Bombay plague: being a history of the progress of plague in the Bombay presidency from September 1896 to June 1899
Year: 1896
Disease focus: Plague
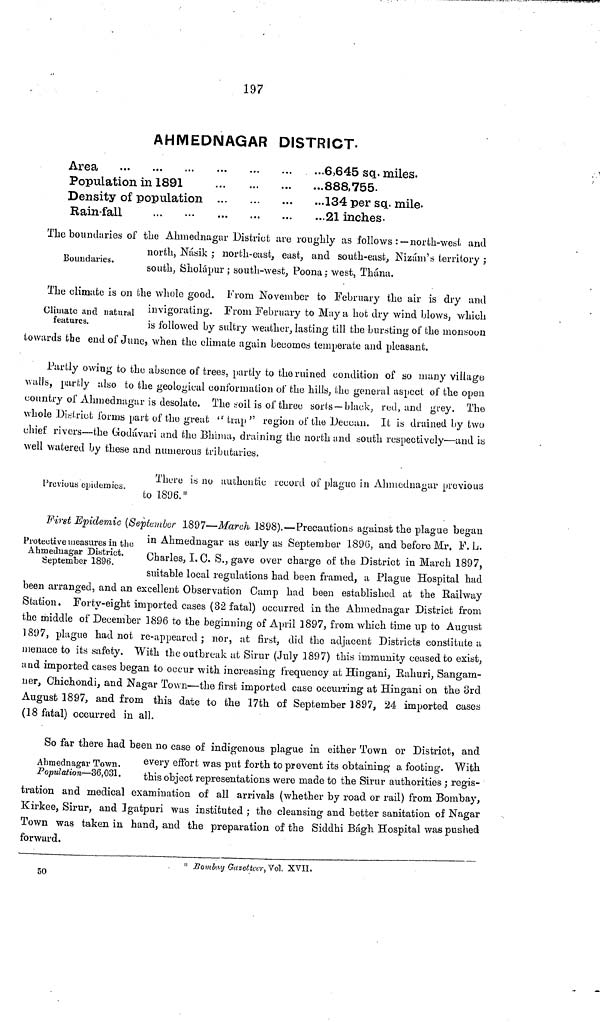
197
AHMEDNAGAR DISTRICT.
Area ... ... ...
Population in 1891
Density of population
Rain-fall ... ...
...6,645 sq. miles.
...888,755.
...134 per sq. mile.
...21 inches.
Boundaries.
The boundaries of the Ahmednagar District are roughly as follows :—north-west and
north, Násik ; north-east, east, and south-east, Nizam's territory ;
south, Sholápur ; south-west, Poona: west, Thána.
Climate and natural
features.
The climate is on the whole good. From November to February the air is dry and
invigorating. From February to May a hot dry wind blows, which
is followed by sultry weather, lasting till the bursting of the monsoon
towards the end of June, when the climate again becomes temperate and pleasant.
Partly owing to the absence of trees, partly to the ruined condition of so many village
walls, partly also to the geological conformation of the hills, the general aspect of the open
country of Ahmednagar is desolate. The soil is of three sorts —black, red, and grey. The
whole District forms part of the great ''trap" region of the Deccan. It is drained by two
chief rivers—the Godávari and the Bhima, draining the north and south respectively—and is
well watered by these and numerous tributaries.
Previous epidemics.
There is no authentic record of plague in Ahmednagar previous
to 1896. *
Protective measures in the
Ahmednagar District.
September 1896.
First Epidemic (September 1897—March, 1898).—Precautions against the plague began
in Ahmednagar as early as September 1896, and before Mr. F. L.
Charles, I. C. S., gave over charge of the District in March 1897,
suitable local regulations had been framed, a Plague Hospital had
been arranged, and an excellent Observation Camp had been established at the Railway
Station. Forty-eight imported cases (32 fatal) occurred in the Ahmednagar District from
the middle of December 1896 to the beginning of April 1897, from which time up to August
1897, plague had not re-appeared ; nor, at first, did the adjacent Districts constitute a
menace to its safety. With the outbreak at Sirur (July 1897) this immunity ceased to exist,
and imported cases began to occur with increasing frequency at Hingani, Rahuri, Sangam-
uer, Chichondi, and Nagar Town—the first imported case occurring at Hingani on the 3rd
August 1897, and from this date to the 17th of September 1897, 24 imported cases
(18 fatal) occurred in all.
Ahmednagar Town.
Population—36,031.
So far there had been no case of indigenous plague in either Town or District, and
every effort was put forth to prevent its obtaining a footing. With
this object representations were made to the Sirur authorities ; regis-
tration and medical examination of all arrivals (whether by road or rail) from Bombay,
Kirkee, Sirur, and Igatpuri was instituted ; the cleansing and better sanitation of Nagar
Town was taken in hand, and the preparation of the Siddhi Bágh Hospital was pushed
forward.
* Bombay Gazetteer, Vol. XVII.
50